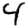
Digit: 4